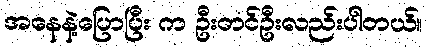
အနေနဲ့ပြောပြီး က ဦးတင်ဦးလည်းပါတယ်။